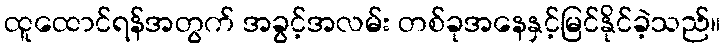
ထူထောင်ရန်အတွက် အခွင့်အလမ်း တစ်ခုအနေနှင့်မြင်နိုင်ခဲ့သည်။